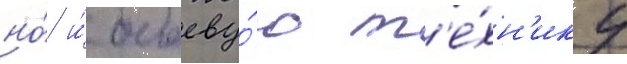
но́ и́ боеву́ю т'е́хн'ику